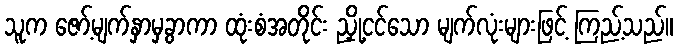
သူက ဇော့်မျက်နှာမှခွာကာ ထုံးစံအတိုင်း ညှို့ငင်သော မျက်လုံးများဖြင့် ကြည့်သည်။